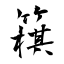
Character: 簯